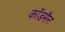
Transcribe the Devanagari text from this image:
कॉडमैन